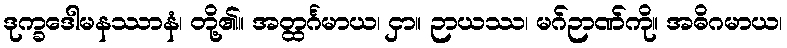
ဒုက္ခဒေါမနဿာနံ၊ တို့၏။ အတ္ထင်္ဂမာယ၊ ငှာ။ ဉာယဿ၊ မဂ်ဉာဏ်ကို။ အဓိဂမာယ၊